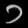
Digit: ၁